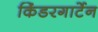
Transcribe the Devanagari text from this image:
किंडरगार्टेन